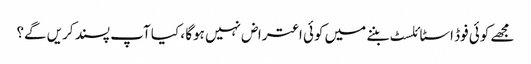
مجھے کوئی فوڈ اسٹائلسٹ بننے میں کوئی اعتراض نہیں ہوگا ، کیا آپ پسند کریں گے؟